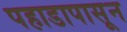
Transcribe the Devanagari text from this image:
पहाडापासून